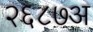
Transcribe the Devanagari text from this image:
२६८७अ